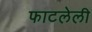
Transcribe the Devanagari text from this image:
फाटलेली